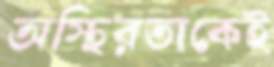
অস্থিরতাকেই